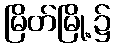
မြိတ်မြို့၌